Lunatic asylums Madras 1877-1891 - 1877-1891
Year: 1877
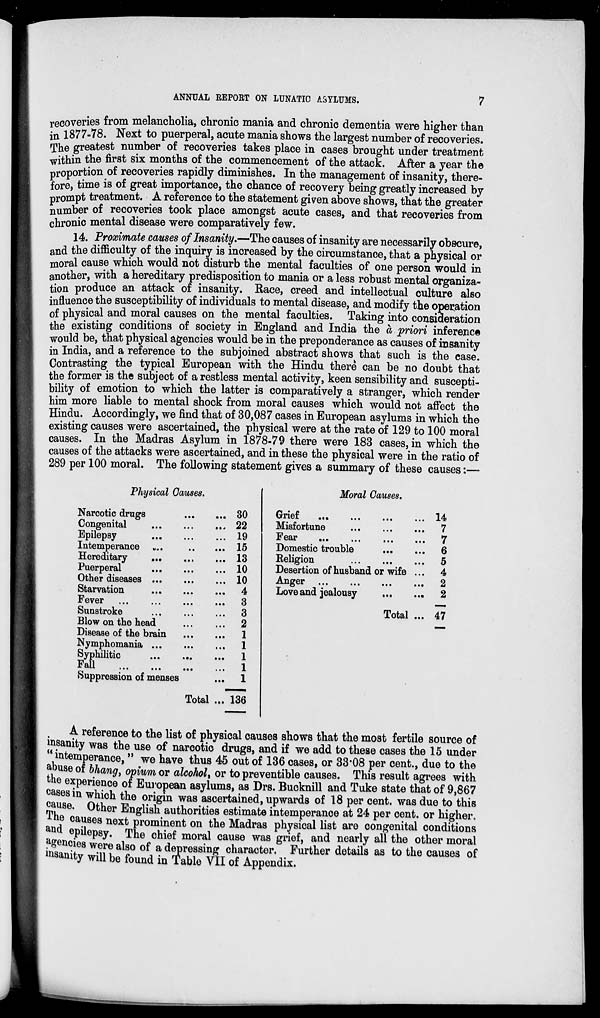
7
ANNUAL REPORT ON LUNATIC ASYLUMS.
recoveries from melancholia, chronic mania and chronic dementia were higher than
in 1877-78. Next to puerperal, acute mania shows the largest number of recoveries.
The greatest number of recoveries takes place in cases brought under treatment
within the first six months of the commencement of the attack. After a year the
proportion of recoveries rapidly diminishes. In the management of insanity, there-
fore, time is of great importance, the chance of recovery being greatly increased by
prompt treatment. A reference to the statement given above shows, that the greater
number of recoveries took place amongst acute cases, and that recoveries from
chronic mental disease were comparatively few.
14. Proximate causes of Insanity.—The causes of insanity are necessarily obscure,
and the difficulty of the inquiry is increased by the circumstance, that a physical or
moral cause which would not disturb the mental faculties of one person would in
another, with a hereditary predisposition to mania or a less robust mental organiza-
tion produce an attack of insanity. Race, creed and intellectual culture also
influence the susceptibility of individuals to mental disease, and modify the operation
of physical and moral causes on the mental faculties. Taking into consideration
the existing conditions of society in England and India the à priori inference
would be, that physical agencies would be in the preponderance as causes of insanity
in India, and a reference to the subjoined abstract shows that such is the case.
Contrasting the typical European with the Hindu there can be no doubt that
the former is the subject of a restless mental activity, keen sensibility and suscepti-
bility of emotion to which the latter is comparatively a stranger, which render
him more liable to mental shock from moral causes which would not affect the
Hindu. Accordingly, we find that of 30,087 cases in European asylums in which the
existing causes were ascertained, the physical were at the rate of 129 to 100 moral
causes. In the Madras Asylum in 1878-79 there were 183 cases, in which the
causes of the attacks were ascertained, and in these the physical were in the ratio of
289 per 100 moral. The following statement gives a summary of these causes:—
Physical Causes.
Narcotic drugs
...
...
Congenital
...
...
...
Epilepsy ... ... ...
Intemperance ... ... ...
Hereditary
...
...
...
Puerperal
...
...
...
Other diseases ... ... ...
Starvation
...
...
...
Fever
...
...
...
...
Sunstroke
...
...
...
Blow on the head
...
...
Disease of the brain ... ...
Nymphomania
...
...
...
Syphilitic
...
...
...
Fall ... ... ... ...
Suppression of menses ...
Total ...
30
22
19
15
13
10
10
4
3
3
2
1
1
1
1
1
136
Moral Causes.
Grief ... ... ... ...
Misfortune
...
...
...
Fear ... ... ... ...
Domestic trouble ... ...
Religion ... ... ...
Desertion of husband or wife ...
Anger ... ... ... ...
Love and jealousy
...
...
Total ...
14
7
7
6
5
4
2
2
47
A reference to the list of physical causes shows that the most fertile source of
insanity was the use of narcotic drugs, and if we add to these cases the 15 under
"intemperance," we have thus 45 out of 136 cases, or 33.08 per cent., due to the
abuse of bhang, opium or alcohol, or to preventible causes. This result agrees with
the experience of European asylums, as Drs. Bucknill and Tuke state that of 9,867
cases in which the origin was ascertained, upwards of 18 per cent, was due to this
cause. Other English authorities estimate intemperance at 24 per cent. or higher.
The causes next prominent on the Madras physical list are congenital conditions
and epilepsy. The chief moral cause was grief, and nearly all the other moral
agencies were also of a depressing character. Further details as to the causes of
insanity will be found in Table VII of Appendix.